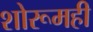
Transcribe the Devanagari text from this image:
शोरूमही